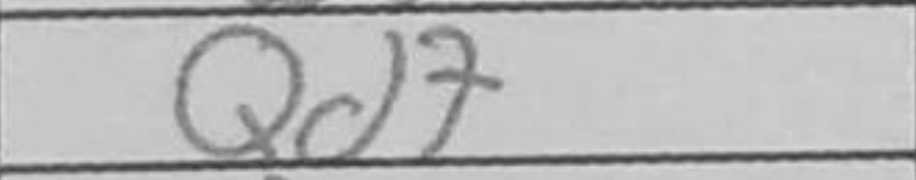
Transcription: Qd7